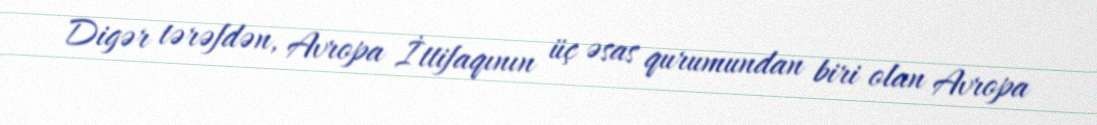
Digər tərəfdən, Avropa İttifaqının üç əsas qurumundan biri olan Avropa